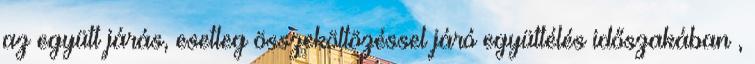
az együtt járás, esetleg összeköltözéssel járó együttélés időszakában ,